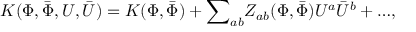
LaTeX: K ( \Phi , { \bar { \Phi } } , U , { \bar { U } } ) = K ( { \Phi } , { \bar { \Phi } } ) + { \sum } _ { a b } Z _ { a b } ( { \Phi } , { \bar { \Phi } } ) U ^ { a } { \bar { U } } ^ { b } + { \dots } ,